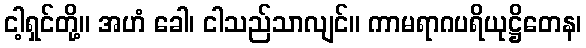
ငါ့ရှင်တို့။ အဟံ ခေါ၊ ငါသည်သာလျင်။ ကာမရာဂပရိယုဋ္ဌိတေန၊